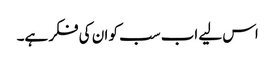
اس لیے اب سب کو ان کی فکر ہے۔